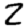
Digit: 2